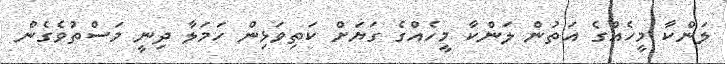
ލަންކާ މީހެއްގެ އަތުން ލަންކާ މީހެއްގެ ގަޔަށް ކަތިވަޅިން ހަމަލާ ދިނީ މަސްތުވެގެން